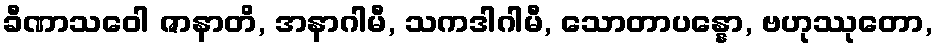
ခီဏာသဝေါ ဇာနာတိ, အနာဂါမီ, သကဒါဂါမီ, သောတာပန္နော, ဗဟုဿုတော,